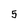
Character: 5